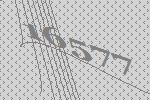
16577